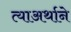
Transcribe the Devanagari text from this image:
त्याअर्थाने